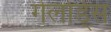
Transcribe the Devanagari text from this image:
गेलोर्ड्स